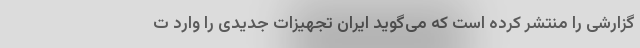
گزارشی را منتشر کرده است که می‌گوید ایران تجهیزات جدیدی را وارد ت